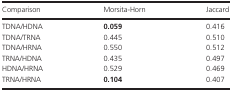
<table><thead><tr><td><b>Comparison</b></td><td><b>Morsita-Horn</b></td><td><b>Jaccard</b></td></tr></thead><tbody><tr><td>TDNA/HDNA</td><td><b>0.059</b></td><td>0.416</td></tr><tr><td>TDNA/TRNA</td><td>0.445</td><td>0.510</td></tr><tr><td>TDNA/HRNA</td><td>0.550</td><td>0.512</td></tr><tr><td>TRNA/HDNA</td><td>0.435</td><td>0.497</td></tr><tr><td>HDNA/HRNA</td><td>0.529</td><td>0.469</td></tr><tr><td>TRNA/HRNA</td><td><b>0.104</b></td><td>0.407</td></tr></tbody></table>